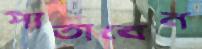
পাতাবেন